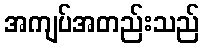
အကျပ်အတည်းသည်